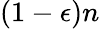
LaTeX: (1-\epsilon)n